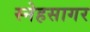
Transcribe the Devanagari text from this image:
स्नेहसागर